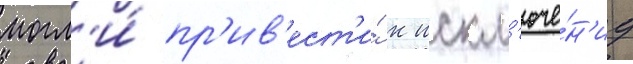
могл'и́ пр'ив'ест'и́ к искл'юче́н'иу